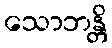
သောဘန္တိ